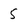
Character: 5